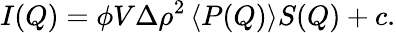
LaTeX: I(Q)=\phi V\Delta\rho^{2}\left<P(Q)\right>S(Q)+c.